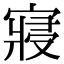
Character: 寢